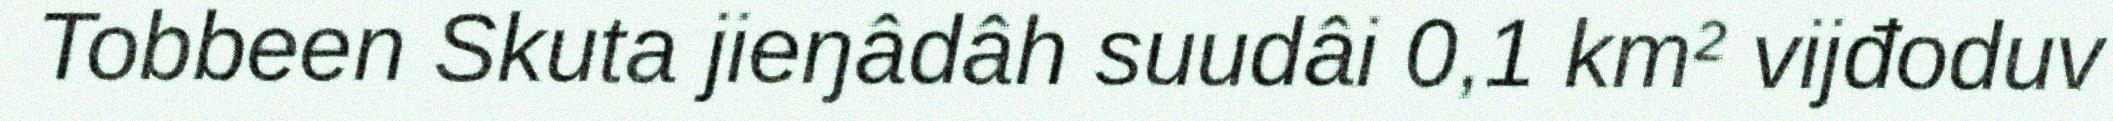
Tobbeen Skuta jieŋâdâh suudâi 0,1 km² vijđoduv